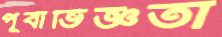
পূর্বাভিজ্ঞতা